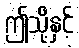
ဤသို့နှင့်